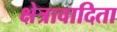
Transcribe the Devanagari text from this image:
क्षेत्रावादिता